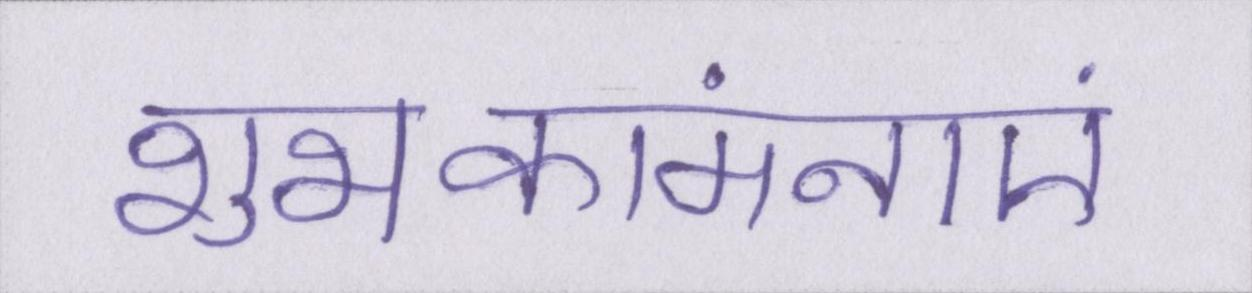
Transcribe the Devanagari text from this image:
शुभकांमनाएं